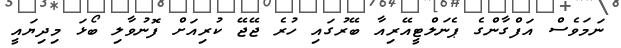
ނަމަވެސް އަފްގާންގެ ޕެނަލްޓީއޭރިއާ ބޭރުގައި ހުރެ ޖޭޖޭ ކުރިއަށް ފޮނުވާލި ބޯޅަ މިދިޔައީ